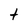
Character: t